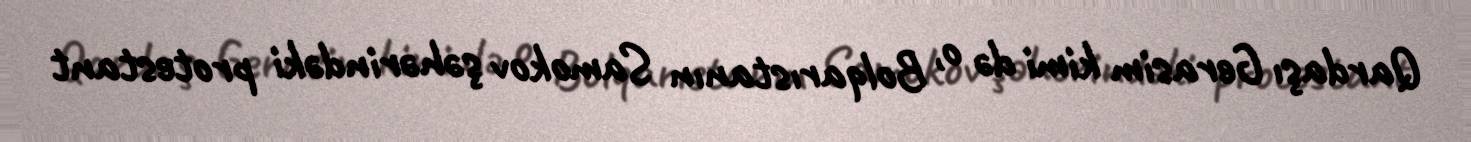
Qardaşı Gerasim kimi də o, Bolqarıstanın Samokov şəhərindəki protestant